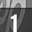
Digit: 1